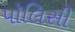
પૉલિસી